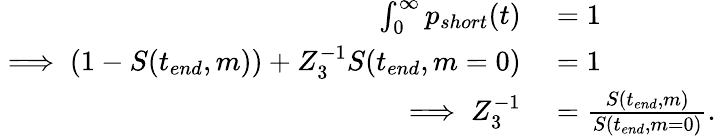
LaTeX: \begin{array}{rl}{\int_{0}^{\infty}p_{short}(t)}&{{}=1}\\ {\implies(1-S(t_{end},m))+Z_{3}^{-1}S(t_{end},m=0)}&{{}=1}\\ {\implies Z_{3}^{-1}}&{{}=\frac{S(t_{end},m)}{S(t_{end},m=0)}.}\end{array}